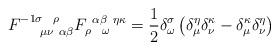
LaTeX: \begin{align*}F^{-1 \sigma ~~\rho }_{~~~~\mu \nu ~\alpha \beta }F_{ \rho~~ \omega }^{~\alpha \beta ~\eta \kappa } =\frac{1}{2} \delta^\sigma_\omega\left( \delta_\mu^\eta \delta_\nu^\kappa- \delta_\mu^\kappa \delta_\nu^\eta \right)\end{align*}